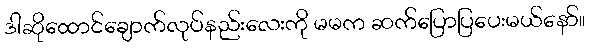
ဒါဆိုထောင်ချောက်လုပ်နည်းလေးကို မမက ဆက်ပြောပြပေးမယ်နော်။